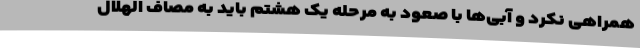
همراهی نکرد و آبی‌ها با صعود به مرحله یک هشتم باید به مصاف الهلال